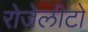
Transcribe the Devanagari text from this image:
रोजेलीटो